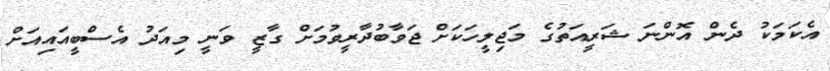
އެކަމަކު ދެން އޮންނަ ޝަރީއަތުގެ މަޖިލީހަކަށް ޖަވާބުދާރީވުމަށް ގާޒީ ވަނީ މިއަދު އެސްބީއައިއަށް